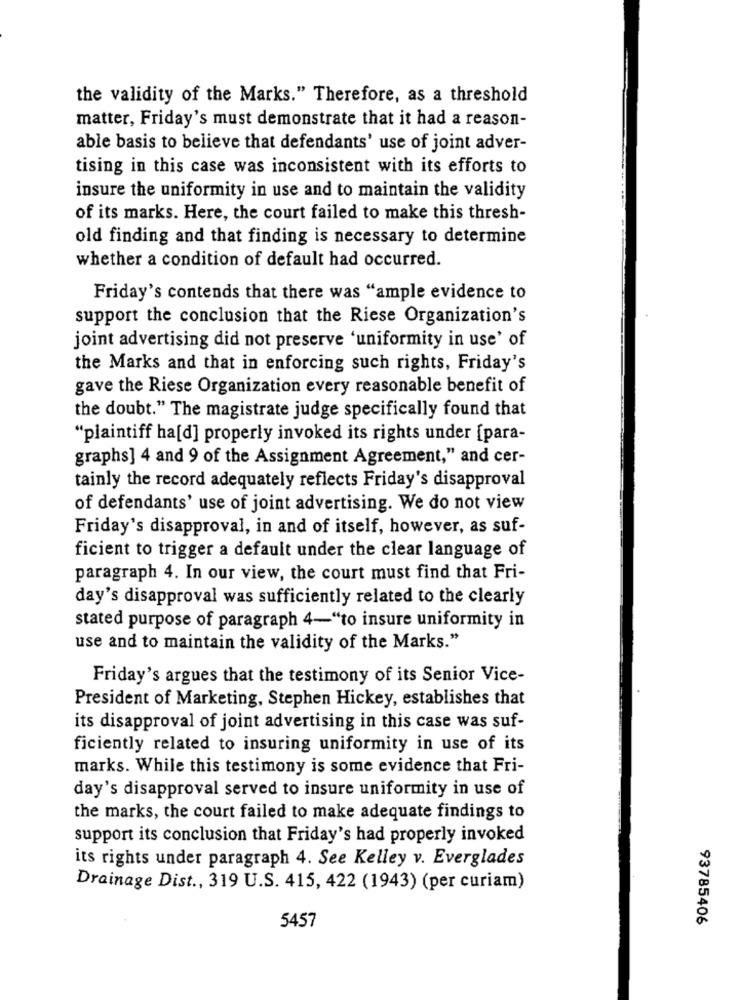
the validity of the Marks." Therefore, as a threshold
matter, Friday's must demonstrate that it had a reason-
able basis to believe that defendants' use of joint adver-
tising in this case was inconsistent with its efforts to
insure the uniformity in use and to maintain the validity
of its marks. Here, the court failed to make this thresh-
old finding and that finding is necessary to determine
whether a condition of default had occurred.
Friday's contends that there was "ample evidence to
support the conclusion that the Riese Organization's
joint advertising did not preserve 'uniformity in use' of
the Marks and that in enforcing such rights, Friday's
gave the Riese Organization every reasonable benefit of
the doubt." The magistrate judge specifically found that
"plaintiff ha[d] properly invoked its rights under [para-
graphs] 4 and 9 of the Assignment Agreement," and cer-
tainly the record adequately reflects Friday's disapproval
of defendants' use of joint advertising. We do not view
Friday's disapproval, in and of itself, however, as suf-
ficient to trigger a default under the clear language of
paragraph 4. In our view, the court must find that Fri-
day's disapproval was sufficiently related to the clearly
stated purpose of paragraph 4-"to insure uniformity in
use and to maintain the validity of the Marks."
Friday's argues that the testimony of its Senior Vice-
President of Marketing, Stephen Hickey, establishes that
its disapproval of joint advertising in this case was suf-
ficiently related to insuring uniformity in use of its
marks. While this testimony is some evidence that Fri-
day's disapproval served to insure uniformity in use of
the marks, the court failed to make adequate findings to
support its conclusion that Friday's had properly invoked
its rights under paragraph 4. See Kelley v. Everglades
Drainage Dist ., 319 U.S. 415, 422 (1943) (per curiam)
93785406
5457